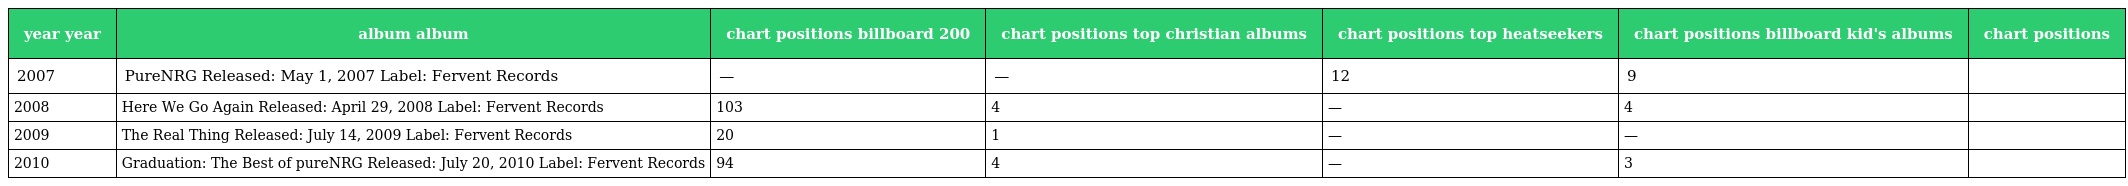
| year year | album album | chart positions billboard 200 | chart positions top christian albums | chart positions top heatseekers | chart positions billboard kid's albums | chart positions |
 | --- | --- | --- | --- | --- | --- | --- |
 | 2007 | PureNRG Released: May 1, 2007 Label: Fervent Records | — | — | 12 | 9 |  |
 | 2008 | Here We Go Again Released: April 29, 2008 Label: Fervent Records | 103 | 4 | — | 4 |  |
 | 2009 | The Real Thing Released: July 14, 2009 Label: Fervent Records | 20 | 1 | — | — |  |
 | 2010 | Graduation: The Best of pureNRG Released: July 20, 2010 Label: Fervent Records | 94 | 4 | — | 3 |  |